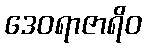
ဒေဝရာဇာရိဝ